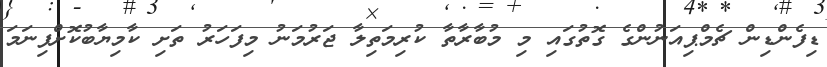
ޑިފެންޑިން ޗެމްޕިއަނުންގެ ގޮތުގައި މި މުބާރާތާ ކުރިމަތިލާ ޖަރުމަނު މިފަހަރު ތަށި ކާމިޔާބުކޮށްފިނަމަ